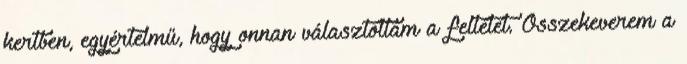
kertben, egyértelmű, hogy onnan választottam a feltétet. Összekeverem a